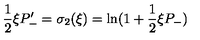
\frac { 1 } { 2 } \xi P _ { - } ^ { \prime } = \sigma _ { 2 } ( \xi ) = \ln ( 1 + \frac { 1 } { 2 } \xi P _ { - } )